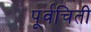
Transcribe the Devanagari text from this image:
पूर्वचिती